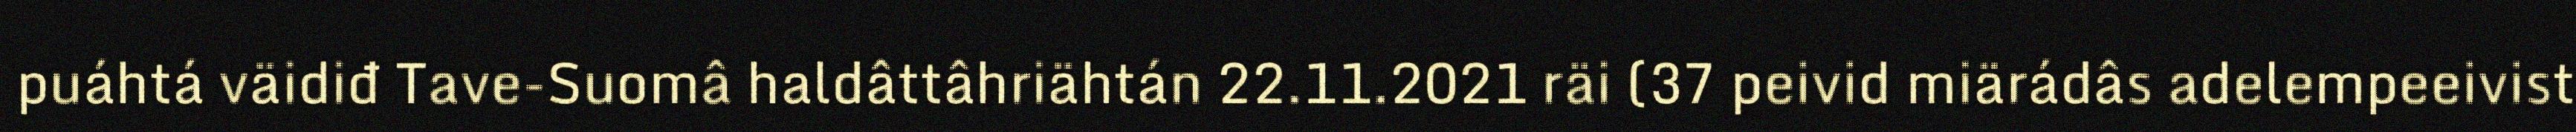
puáhtá väidiđ Tave-Suomâ haldâttâhriähtán 22.11.2021 räi (37 peivid miärádâs adelempeeivist